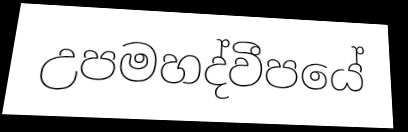
උපමහද්වීපයේ